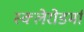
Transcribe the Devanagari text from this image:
स्क्‍लेरोडर्मा